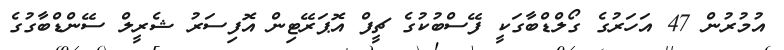
އުމުރުން 47 އަހަރުގެ ގޯލްޑްބާގަކީ ފޭސްބުކުގެ ޗީފް އޮޕަރޭޓިން އޮފިސަރު ޝެރީލް ސޭންޑްބާގުގެ